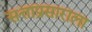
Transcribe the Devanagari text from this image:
सत्ताप्रसाराला